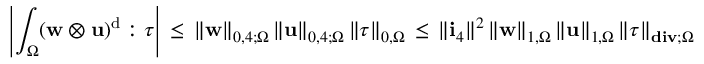
\left| \int _ { \Omega } ( { \mathbf { w } } \otimes \mathbf { u } ) ^ { \mathrm { d } } : { \boldsymbol \tau } \right| \, \leq \, \| { \mathbf { w } } \| _ { 0 , 4 ; \Omega } \, \| \mathbf { u } \| _ { 0 , 4 ; \Omega } \, \| { \boldsymbol \tau } \| _ { 0 , \Omega } \, \leq \, \| \mathbf { i } _ { 4 } \| ^ { 2 } \, \| { \mathbf { w } } \| _ { 1 , \Omega } \, \| \mathbf { u } \| _ { 1 , \Omega } \, \| { \boldsymbol \tau } \| _ { \mathbf { d i v } ; \Omega }